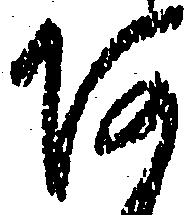
あ